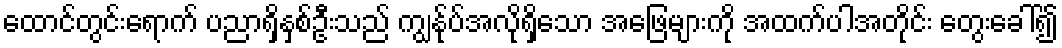
ထောင်တွင်းရောက် ပညာရှိနှစ်ဦးသည် ကျွန်ုပ်အလိုရှိသော အဖြေများကို အထက်ပါအတိုင်း တွေးခေါ်၍